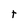
Character: t